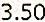
3.50